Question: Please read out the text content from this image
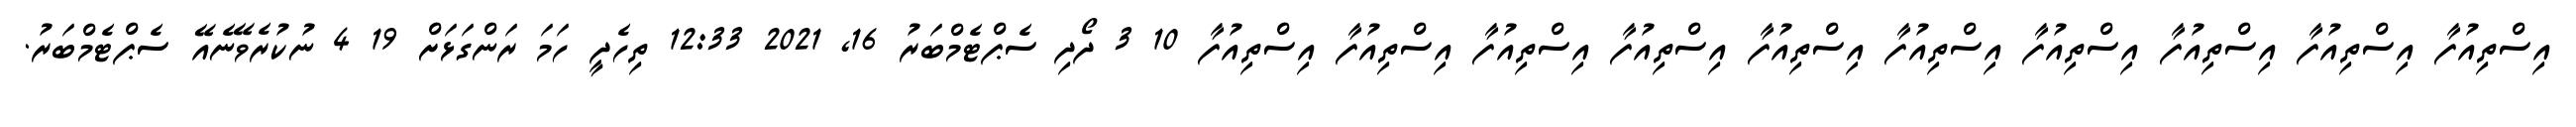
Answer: އިސްތިއުފާ އިސްތިއުފާ އިސްތިއުފާ އިސްތިއުފާ އިސްތިއުފާ އިސްތިއުފާ އިސްތިއުފާ އިސްތިއުފާ އިސްތިއުފާ އިސްތިއުފާ 10 3 ދޯދި ސެޕްޓެމްބަރު 16, 2021 12:33 ތިހެދީ ހަމަ ރަންގަޅަށް 19 4 ނުކުރެވޭނެއޭ ސެޕްޓެމްބަރު.